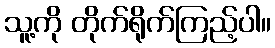
သူ့ကို တိုက်ရိုက်ကြည့်ပါ။